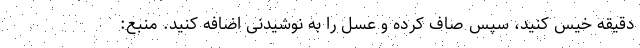
دقیقه خیس کنید، سپس صاف کرده و عسل را به نوشیدنی اضافه کنید. منبع: